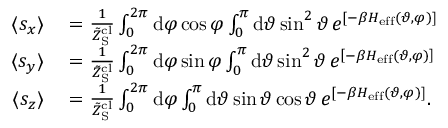
\begin{array} { r l } { \langle s _ { x } \rangle } & { { } = \frac { 1 } { \tilde { Z } _ { \mathrm { S } } ^ { \mathrm { c l } } } \int _ { 0 } ^ { 2 \pi } \mathrm { d } \varphi \cos \varphi \int _ { 0 } ^ { \pi } \mathrm { d } \vartheta \sin ^ { 2 } \vartheta \, e ^ { \left[ - \beta H _ { \mathrm { e f f } } ( \vartheta , \varphi ) \right] } } \\ { \langle s _ { y } \rangle } & { { } = \frac { 1 } { \tilde { Z } _ { \mathrm { S } } ^ { \mathrm { c l } } } \int _ { 0 } ^ { 2 \pi } \mathrm { d } \varphi \sin \varphi \int _ { 0 } ^ { \pi } \mathrm { d } \vartheta \sin ^ { 2 } \vartheta \, e ^ { \left[ - \beta H _ { \mathrm { e f f } } ( \vartheta , \varphi ) \right] } } \\ { \langle s _ { z } \rangle } & { { } = \frac { 1 } { \tilde { Z } _ { \mathrm { S } } ^ { \mathrm { c l } } } \int _ { 0 } ^ { 2 \pi } \mathrm { d } \varphi \int _ { 0 } ^ { \pi } \mathrm { d } \vartheta \sin \vartheta \cos \vartheta \, e ^ { \left[ - \beta H _ { \mathrm { e f f } } ( \vartheta , \varphi ) \right] } . } \end{array}